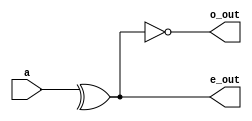
`timescale 1ns / 1ps


module even_odd_paritygenerator(a,e_out,o_out);
input[3:0] a;
output reg e_out,o_out;
always @(*)
begin
 e_out=^a;
 o_out=~e_out;
end
endmodule